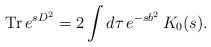
\begin{align*}\mbox{ Tr}\, e^{s D^2} = 2 \int d \tau \, e^{-s b^2} \,K_0(s).\end{align*}